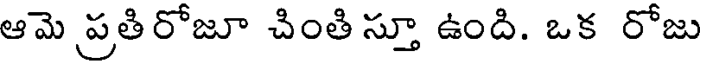
ఆమె ప్రతిరోజూ చింతి స్తూ ఉంది. ఒక రోజు